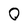
Character: 0